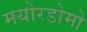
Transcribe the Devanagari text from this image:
मयोरडोमो